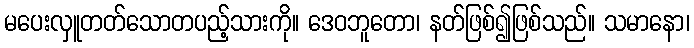
မပေးလှူတတ်သောတပည့်သားကို။ ဒေဝဘူတော၊ နတ်ဖြစ်၍ဖြစ်သည်။ သမာနော၊